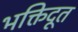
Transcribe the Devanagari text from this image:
भक्तिदूत